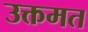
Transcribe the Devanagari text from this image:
उक्तमत